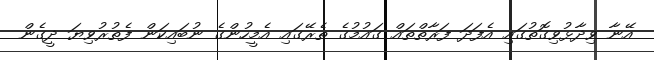
އޭނާ ވިދާޅުވިގޮތުގައި އެފަދަ ފަރާތްތައް ގައުމުގެ ތެރޭގައި އެމީހުންގެ ނުބައިކަން ފެތުރުވިޔަ ދީގެން